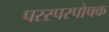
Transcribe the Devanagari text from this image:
परस्परपोषक